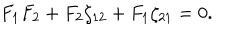
F _ { 1 } F _ { 2 } + F _ { 2 } \zeta _ { 1 2 } + F _ { 1 } \zeta _ { 2 1 } = 0 .